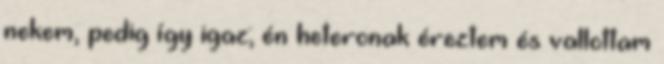
nekem, pedig így igaz; én heteronak éreztem és vallottam